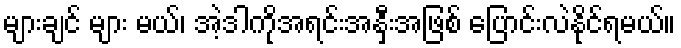
များချင် များ မယ်၊ အဲ့ဒါကိုအရင်းအနှီးအဖြစ် ပြောင်းလဲနိုင်ရမယ်။